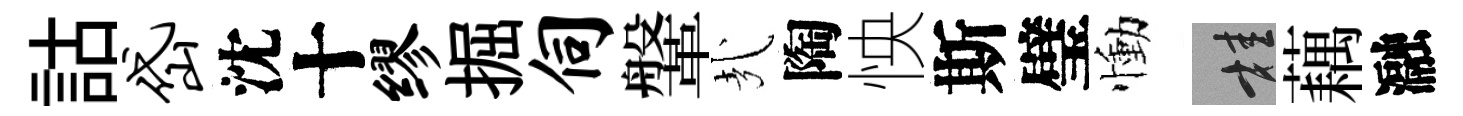
詁岱沈十缪掘伺鞶㢤陶怏斯璧慟桂藕瀜